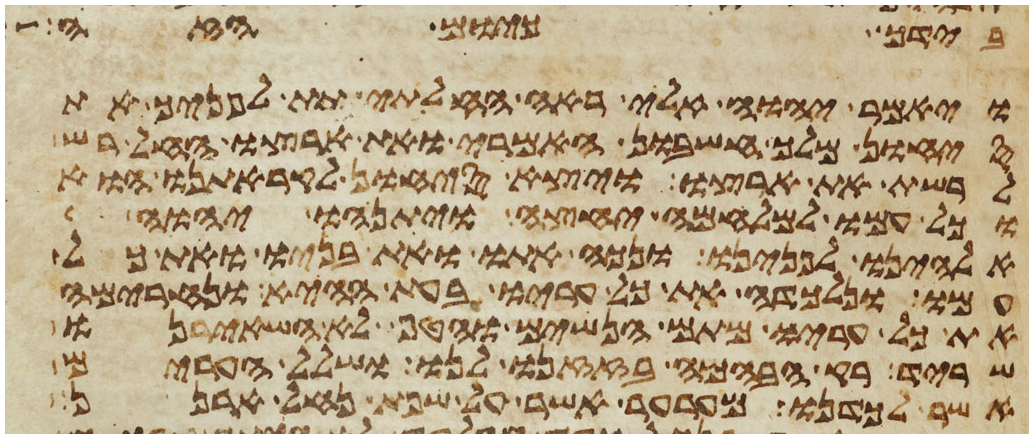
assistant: בידך כיום הזה
ויאמר יהוה אלי ראה החלתי תת לפניך את
סיחון מלך חשבון האמרי ואת ארצו החל רש
לרשת את ארצו ויצא סיחון לקראתנו הוא
וכל עמו למלחמה יחצה ויתנהו יהוה
אלהינו לפנינו ונכה אתו ואת בניו ואת כל
עמו ונלכדה את כל עריו בעת ההיא ונחרימה
את כל עריו מתם הנשים והטף לא השאירנו
שריד רק הבהמה בזזנו לנו ושלל הערים
אשר לכדנו מערער אשר על שפת נחל ארנן